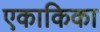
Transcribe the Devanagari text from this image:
एकाकिका